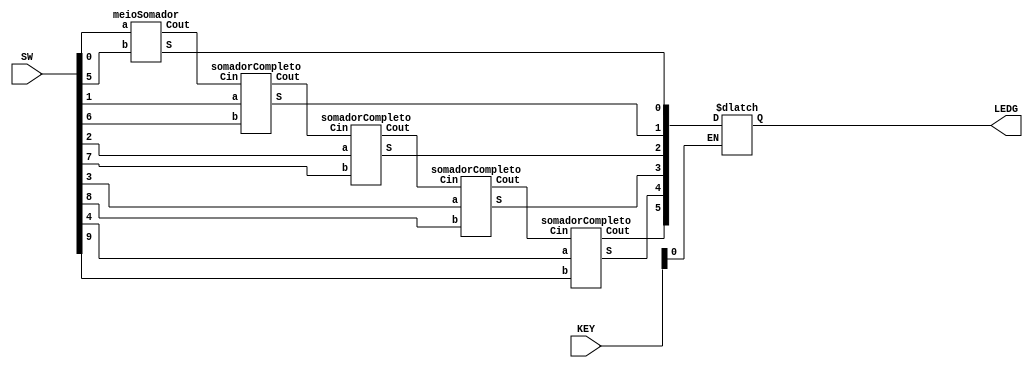
module Somador(
    input [9:0] SW,
    input [1:0] KEY,
    output reg [5:0] LEDG
);		
		wire [5:0] leds;
    wire [4:0] Cout;
   
	  meioSomador S1(SW[0], SW[5], Cout[0], leds[0]);
    somadorCompleto S2(SW[1], SW[6], Cout[0], Cout[1], leds[1]);
    somadorCompleto S3(SW[2], SW[7], Cout[1], Cout[2], leds[2]);
    somadorCompleto S4(SW[3], SW[8], Cout[2], Cout[3], leds[3]);
    somadorCompleto S5(SW[4], SW[9], Cout[3], Cout[4], leds[4]);
	assign leds[5] = Cout[4];
	
	always @(*) begin
		if(~KEY[0]) begin
			LEDG = leds;
		end
	end
	 
endmodule

module meioSomador(
    input a,
    input b,
    output Cout,
    output S
);
    assign S = a ^ b;
    assign Cout = a & b;
endmodule

module somadorCompleto(
    input a,
    input b,
    input Cin,
    output Cout,
    output S
);
    assign S = (a ^ b) ^ Cin;
    assign Cout = (((a ^ b) & Cin) ^ (a & b));

endmodule